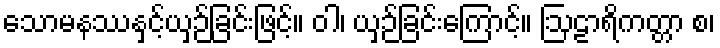
သောမနဿနှင့်ယှဉ်ခြင်းဖြင့်။ ဝါ၊ ယှဉ်ခြင်းကြောင့်။ ဩဠာရိကတ္တာ စ၊